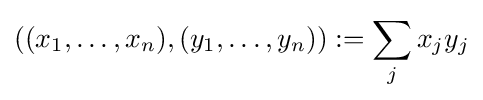
((x_{1},\dots ,x_{n}),(y_{1},\dots ,y_{n})):=\sum _{j}x_{j}y_{j}